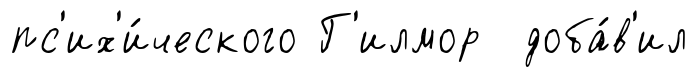
пс'их'и́ческого Г'илмор доба́в'ил